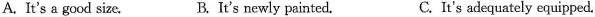
A. It's a good size. B. It's newly painted. C. It's adequately equipped.